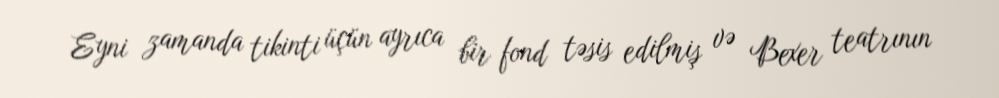
Eyni zamanda tikinti üçün ayrıca bir fond təsis edilmiş və Bexer teatrının